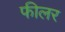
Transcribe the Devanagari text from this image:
फीलर